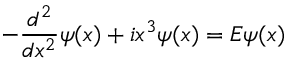
- \frac { d ^ { 2 } } { d x ^ { 2 } } \psi ( x ) + i x ^ { 3 } \psi ( x ) = E \psi ( x )